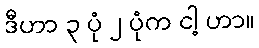
ဒီဟာ ၃ ပုံ ၂ ပုံက ငါ့ ဟာ။